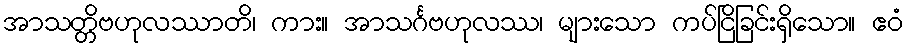
အာသတ္တိဗဟုလဿာတိ၊ ကား။ အာသင်္ဂဗဟုလဿ၊ များသော ကပ်ငြိခြင်းရှိသော။ ဧဝံ